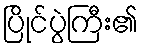
ပြိုင်ပွဲကြီး၏